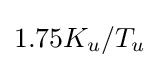
1.75K_{u}/T_{u}